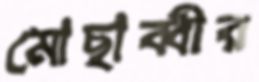
মোছাব্বীর